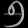
Digit: ၅